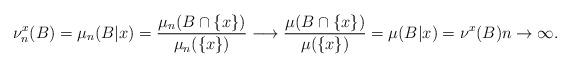
LaTeX: \begin{align*}\nu^x_n(B) = \mu_n(B\vert x)=\frac{\mu_n(B\cap \lbrace x\rbrace)}{\mu_n(\lbrace x\rbrace)}\longrightarrow \frac{\mu(B\cap \lbrace x\rbrace)}{\mu(\lbrace x\rbrace)}=\mu(B\vert x) = \nu^x(B) n\rightarrow\infty.\end{align*}